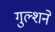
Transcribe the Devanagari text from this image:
गुल्शने